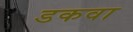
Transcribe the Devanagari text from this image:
डकवा